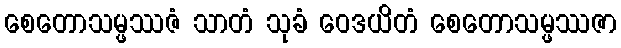
စေတောသမ္ဖဿဇံ သာတံ သုခံ ဝေဒယိတံ စေတောသမ္ဖဿဇာ